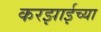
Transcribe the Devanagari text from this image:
करझाईच्या